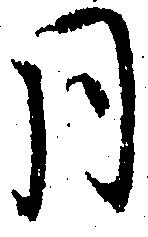
月